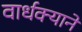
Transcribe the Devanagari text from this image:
वार्धक्याने